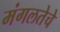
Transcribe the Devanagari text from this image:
मंगलतेचे